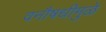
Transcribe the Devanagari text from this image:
वनौषधीमुळे